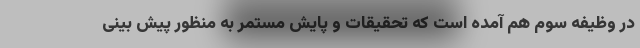
در وظیفه سوم هم آمده است که تحقیقات و پایش مستمر به منظور پیش بینی